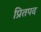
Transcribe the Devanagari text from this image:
प्रितपद